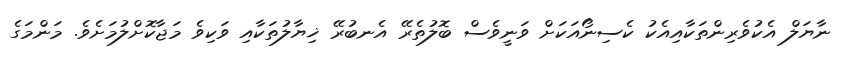
ނާޔަލް އެކުވެރިންތަކާއިއެކު ކެސިނޯއަކަށް ވަނީވެސް ބޮލުތެރޭ އެނބުރޭ ޚިޔާލުތަކާއި ވަކިވެ މަޖާކޮށްލުމަށެވެ. މަންމަގެ